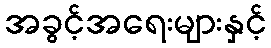
အခွင့်အရေးများနှင့်